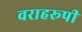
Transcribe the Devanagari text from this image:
वराहरूपी